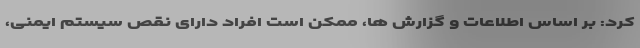
کرد: بر اساس اطلاعات و گزارش ها، ممکن است افراد دارای نقص سیستم ایمنی،